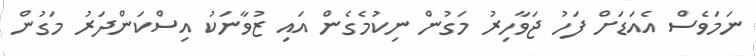
ނަމަވެސް އެއަޑަށް ފަހު ޖަވާހިރު މަގުން ނިކުމެގެން އައި ޒުވާނަކު އިސްކަންދަރު މަގުން